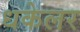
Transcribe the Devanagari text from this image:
धकेलर